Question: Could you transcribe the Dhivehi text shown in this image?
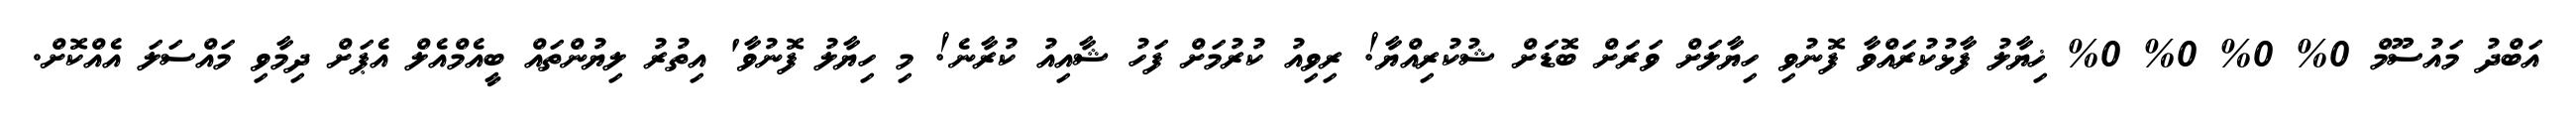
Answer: އަބްދު މައުސޫމް 0% 0% 0% 0% ޚިޔާލު ފާޅުކުރައްވާ ފޮނުވި ހިޔާލަށް ވަރަށް ބޮޑަށް ޝުކުރިއްޔާ! ރިވިއު ކުރުމަށް ފަހު ޝާއިއު ކުރާނެ! މި ހިޔާލު ފޮނުވާ' އިތުރު ލިޔުންތައް ބީއެމްއެލް އެޕަށް ދިމާވި މައްސަލަ އެއްކޮށް.